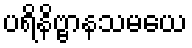
ပရိနိဗ္ဗာနသမယေ